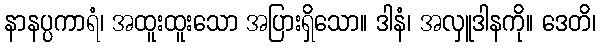
နာနပ္ပကာရံ၊ အထူးထူးသော အပြားရှိသော။ ဒါနံ၊ အလှူဒါနကို။ ဒေတိ၊